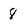
Character: 8